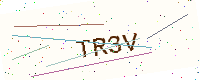
Text: TR3V